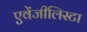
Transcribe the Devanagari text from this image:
एवेंजीलिस्टा